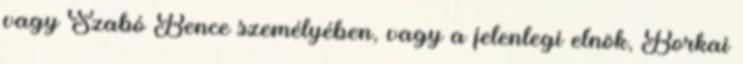
vagy Szabó Bence személyében, vagy a jelenlegi elnök, Borkai